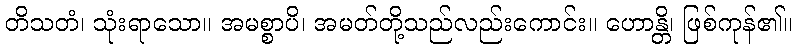
တိသတံ၊ သုံးရာသော။ အမစ္စာပိ၊ အမတ်တို့သည်လည်းကောင်း။ ဟောန္တိ၊ ဖြစ်ကုန်၏။